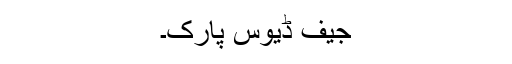
جیف ڈیوس پارک۔